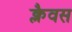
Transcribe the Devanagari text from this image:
क्लैवस